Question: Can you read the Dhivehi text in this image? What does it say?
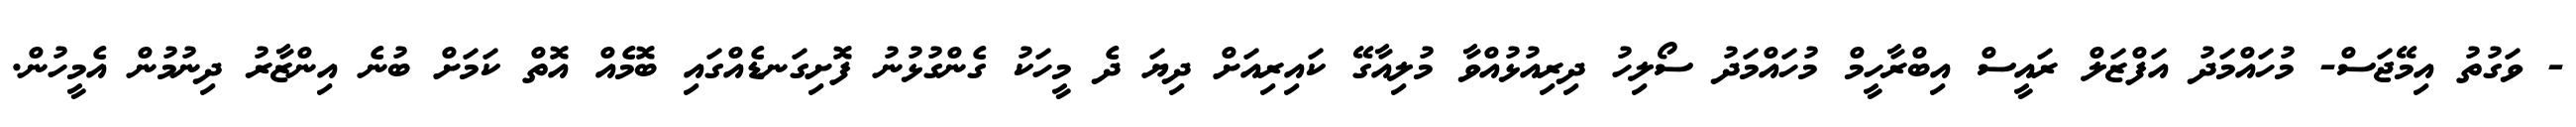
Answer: - ވަގުތު އިމޭޖަސް- މުހައްމަދު އަފްޒަލް ރައީސް އިބްރާހީމް މުހައްމަދު ސޯލިހު ދިރިއުޅުއްވާ މުލިއާގޭ ކައިރިއަށް ދިޔަ ދެ މީހަކު ގެންގުޅުނު ފޮށިގަނޑެއްގައި ބޮމެއް އޮތް ކަމަށް ބުނެ އިންޒާރު ދިނުމުން އެމީހުން.